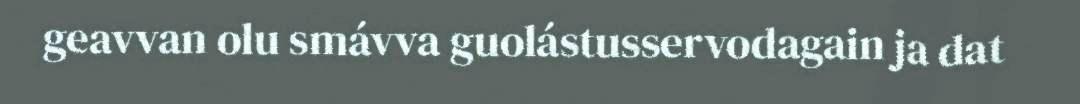
geavvan olu smávva guolástusservodagain ja dat